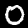
Label: 0